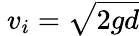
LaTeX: \ v_{i}={\sqrt{2gd}}